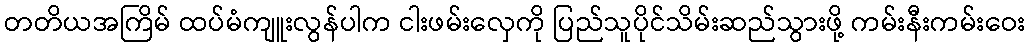
တတိယအကြိမ် ထပ်မံကျူးလွန်ပါက ငါးဖမ်းလှေကို ပြည်သူပိုင်သိမ်းဆည်သွားဖို့ ကမ်းနီးကမ်းဝေး